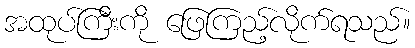
အထုပ်ကြီးကို ဖြေကြည့်လိုက်ရသည်။